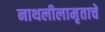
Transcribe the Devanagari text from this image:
नाथलीलामृताचे